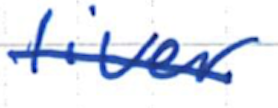
Text: liver
Cross-out: single-line
Writing tool: ballpoint